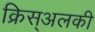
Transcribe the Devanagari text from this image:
क्रिस्अलकी